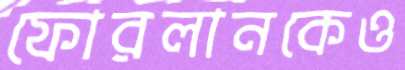
ফোরলানকেও